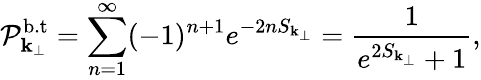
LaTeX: \mathcal{P}_{{\mathbf{k}}_{\perp}}^{\mathrm{{b.t}}}=\sum_{n=1}^{\infty}(-1)^{n+1}e^{-2nS_{{\mathbf{k}}_{\perp}}}=\frac{{1}}{{e^{2S_{{\mathbf{k}}_{\perp}}}+1}},